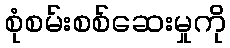
စုံစမ်းစစ်ဆေးမှုကို